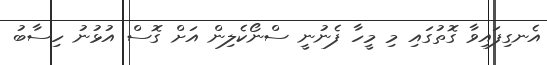
އެނގިފައިވާ ގޮތުގައި މި މީހާ ފެނުނީ ސްނޯކެލިން އަށް ގޮސް އުޅުނު ހިސާބު